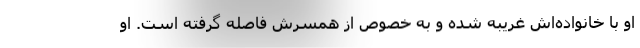
او با خانواده‌اش غریبه شده و به خصوص از همسرش فاصله گرفته است. او